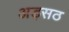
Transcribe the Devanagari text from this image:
अड़सठ